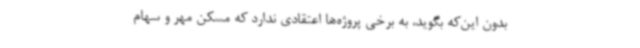
بدون این‌که بگوید، به برخی پروژه‌ها اعتقادی ندارد که مسکن مهر و سهام